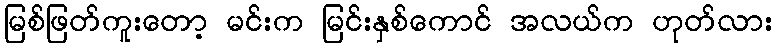
မြစ်ဖြတ်ကူးတော့ မင်းက မြင်းနှစ်ကောင် အလယ်က ဟုတ်လား